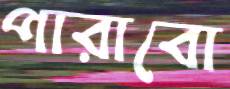
পারাবো